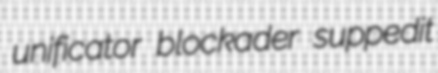
unificator blockader suppedit